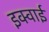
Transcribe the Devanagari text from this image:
इक्वाई